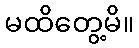
မထိတွေ့မိ။